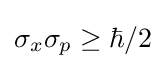
\sigma _{x}\sigma _{p}\geq \hbar /2